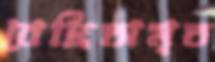
বেদ্রিঅমৃত